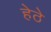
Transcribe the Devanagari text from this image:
हेठे